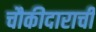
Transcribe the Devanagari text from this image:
चौकीदाराची